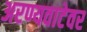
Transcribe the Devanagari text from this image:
अरण्यवाटेवर